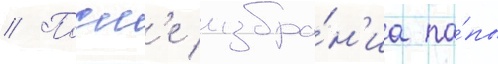
// Посл'е избра́н'иа па́пы